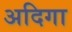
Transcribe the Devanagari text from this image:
अदिगा